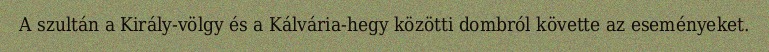
A szultán a Király-völgy és a Kálvária-hegy közötti dombról követte az eseményeket.